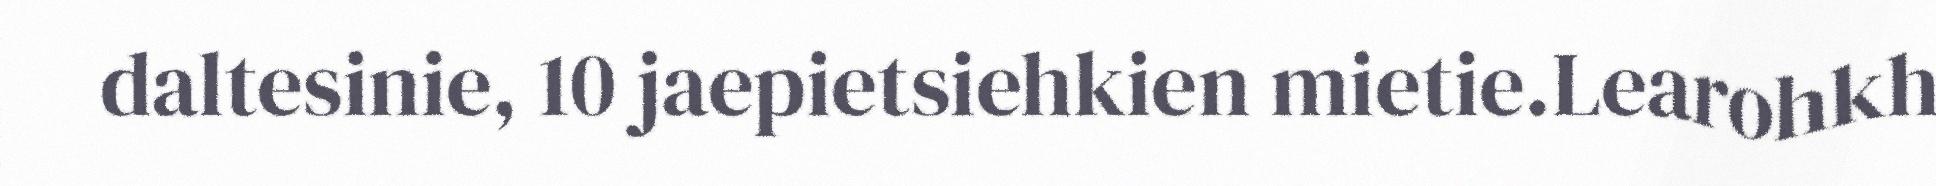
daltesinie, 10 jaepietsiehkien mietie.Learohkh